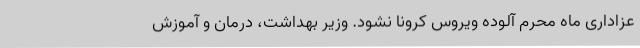
عزاداری ماه محرم آلوده ویروس کرونا نشود. وزیر بهداشت، درمان و آموزش